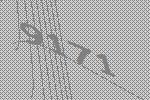
9171